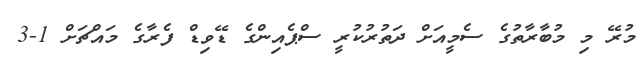
މުރޭ މި މުބާރާތުގެ ސެމީއަށް ދަތުރުކުރީ ސްޕެއިންގެ ޑޭވިޑް ފެރާގެ މައްޗަށް 1-3